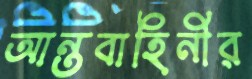
আন্তবাহিনীর